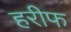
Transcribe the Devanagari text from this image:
हरीफ